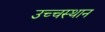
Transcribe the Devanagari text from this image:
उच्चस्थान